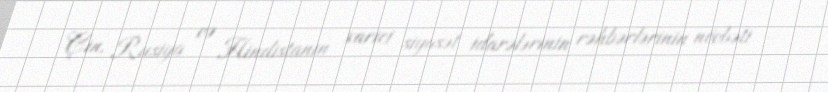
Çin, Rusiya və Hindistanın xarici siyasət idarələrinin rəhbərlərinin növbəti –